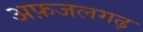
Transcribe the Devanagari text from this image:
अफ़जलगढ़